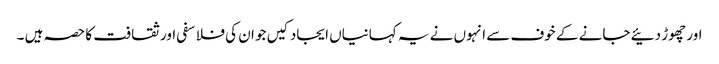
اور چھوڑ دئیے جانے کے خوف سے انہوں نے یہ کہانیاں ایجاد کیں جو ان کی فلاسفی اور ثقافت کا حصہ ہیں ۔